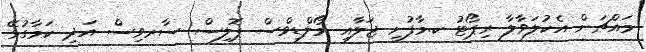
މައްޗަށް އެކުލަވާލާ ރިޕޯޓު ކ.މާފުށީ ޖަލާއި މޯލްޑިވްސް ޕޮލިސް ސާރވިސް އަދި ކަމާގުޅޭ